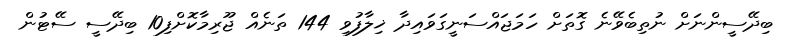
ބިދޭސީންނަށް ނުތިބެވޭނެ ގޮތަށް ހަމަޖައްސަނީގަވައިދާ ޚިލާފުވި 144 ތަނެއް ޖޫރިމާކޮށްފި10 ބިދޭސީ ސޭޓުން